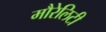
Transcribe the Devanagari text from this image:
मौरेलिटी